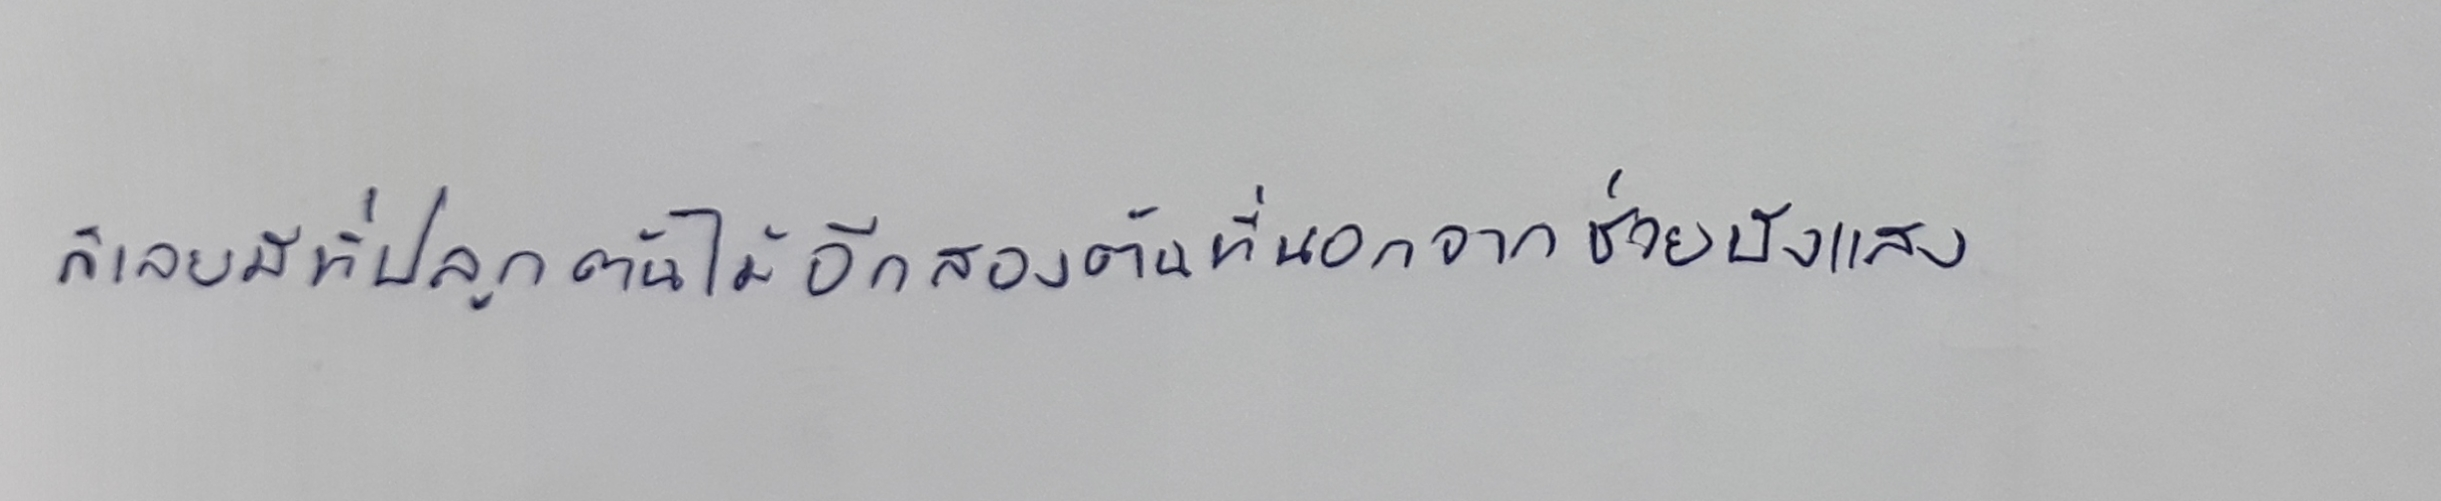
ก็เลยมีที่ปลูกต้นไม้อีกสองต้นที่นอกจากช่วยบังแสง